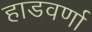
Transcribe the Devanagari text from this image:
हाडवर्णा